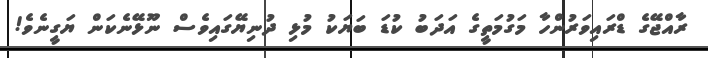
ރާއްޖޭގެ ޑްރައިވަރުންހާ މަގުމަތީގެ އަދަބު ކުޑަ ބަޔަކު މުޅި ދުނިޔޭގައިވެސް ނޫޅޭނެކަން ޔަގީނެވެ!